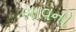
ભાવનો